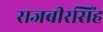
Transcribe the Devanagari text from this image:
राजबीरसिंह